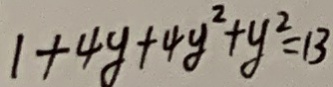
1 + 4 y + 4 y ^ { 2 } + y ^ { 2 } = 1 3